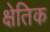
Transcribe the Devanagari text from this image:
क्षेतिक